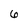
Character: 6